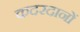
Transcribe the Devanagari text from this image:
कदरदानों